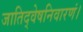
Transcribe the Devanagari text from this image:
जातिद्वेषनिवारणं।